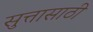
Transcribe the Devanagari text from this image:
सुत्तासाठी